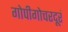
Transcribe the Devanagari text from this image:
गोपीगोचरदूरं